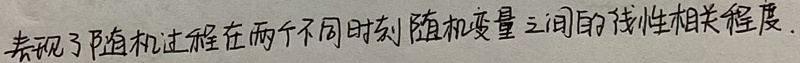
表现了随机过程在两个不同时刻随机变量之间的线性相关程度.